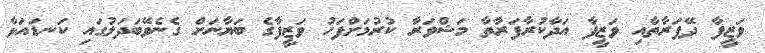
ވަޒީފާ ދޭފަރާތާއި ވަޒީފާ އަދާކުރާފަރާތާ މަޝްވަރާ ކުރުމަށްފަހު ވަޒީފާގެ ބަޔާނަށް ގެނެވޭބަދަލުގައި ކަނޑައަޅާ